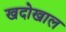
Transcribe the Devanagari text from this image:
खदोखाल